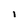
Character: l